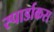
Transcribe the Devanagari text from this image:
स्पार्डाकस